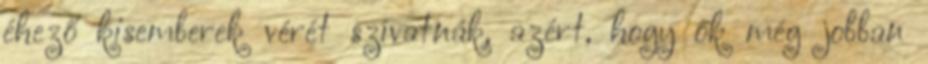
éhező kisemberek vérét szívatnák, azért, hogy ők még jobban